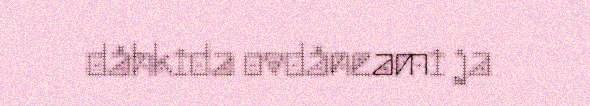
dåhkida ovdåneami ja